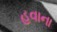
હવાના